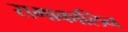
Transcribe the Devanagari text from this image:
समाकालिन